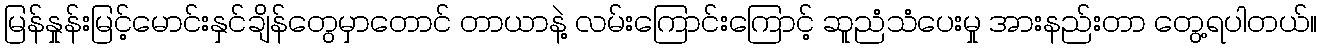
မြန်နှုန်းမြင့်မောင်းနှင်ချိန်တွေမှာတောင် တာယာနဲ့ လမ်းကြောင်းကြောင့် ဆူညံသံပေးမှု အားနည်းတာ တွေ့ရပါတယ်။